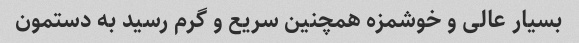
بسیار عالی و خوشمزه همچنین سریع و گرم رسید به دستمون